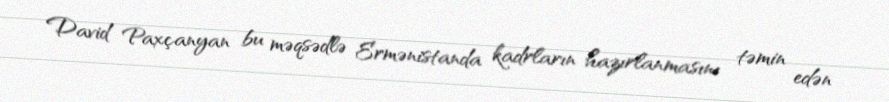
David Paxçanyan bu məqsədlə Ermənistanda kadrların hazırlanmasını təmin edən